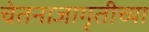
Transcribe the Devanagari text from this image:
चेतनाजागृतीच्या